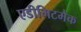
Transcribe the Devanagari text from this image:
एडीमिटमैक